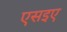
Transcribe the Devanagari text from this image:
एसइए